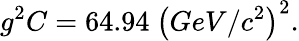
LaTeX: g^{2}C=64.94\ \left(GeV/c^{2}\right)^{2}.